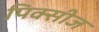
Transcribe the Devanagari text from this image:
पिक्सीज